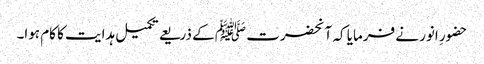
حضورِ انور نے فرمایا کہ آنحضرت ﷺ کے ذریعے تکمیل ہدایت کا کام ہوا۔